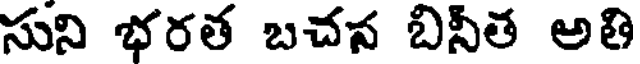
సుని భరత బచన బినీత అతి